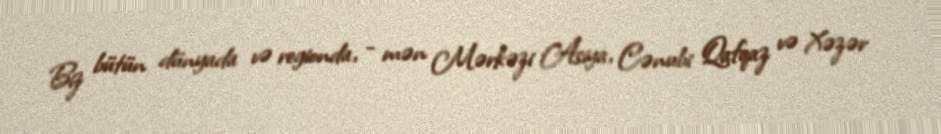
Biz bütün dünyada və regionda, - mən Mərkəzi Asiya, Cənubi Qafqaz və Xəzər